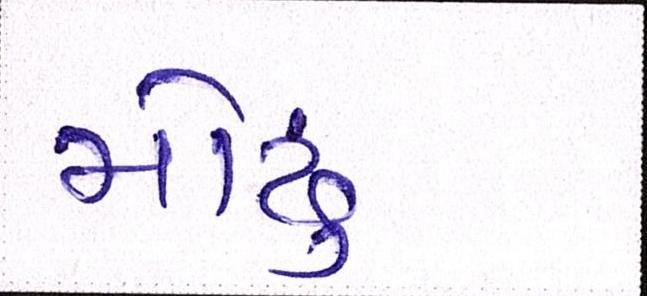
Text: મોઢું